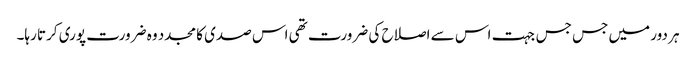
ہر دور میں جس جس جہت اس سے اصلاح کی ضرورت تھی اس صدی کا مجدد وہ ضرورت پوری کرتا رہا۔